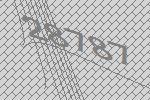
28787